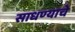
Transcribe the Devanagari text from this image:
साधण्‍याचे